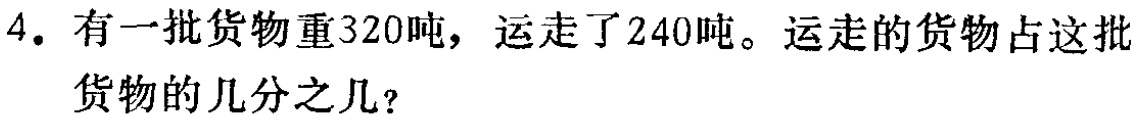
4. 有一批货物重320吨，运走了240吨。运走的货物占这批货物的几分之几？